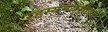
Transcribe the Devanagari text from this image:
रहस्यमयरीत्या